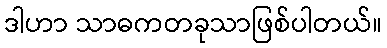
ဒါဟာ သာဓကတခုသာဖြစ်ပါတယ်။